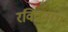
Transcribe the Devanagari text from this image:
रविद्रनाथ